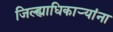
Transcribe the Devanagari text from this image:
जिल्ह्याधिकाऱ्यांना